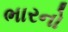
ભારનો